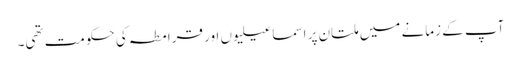
آپ کے زمانے میں ملتان پر اسماعیلیوں اور قرامطہ کی حکومت تھی۔